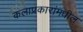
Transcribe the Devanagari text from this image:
कलाप्रकारांमधील